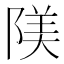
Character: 𨺰